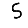
Digit: 5